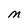
Character: M